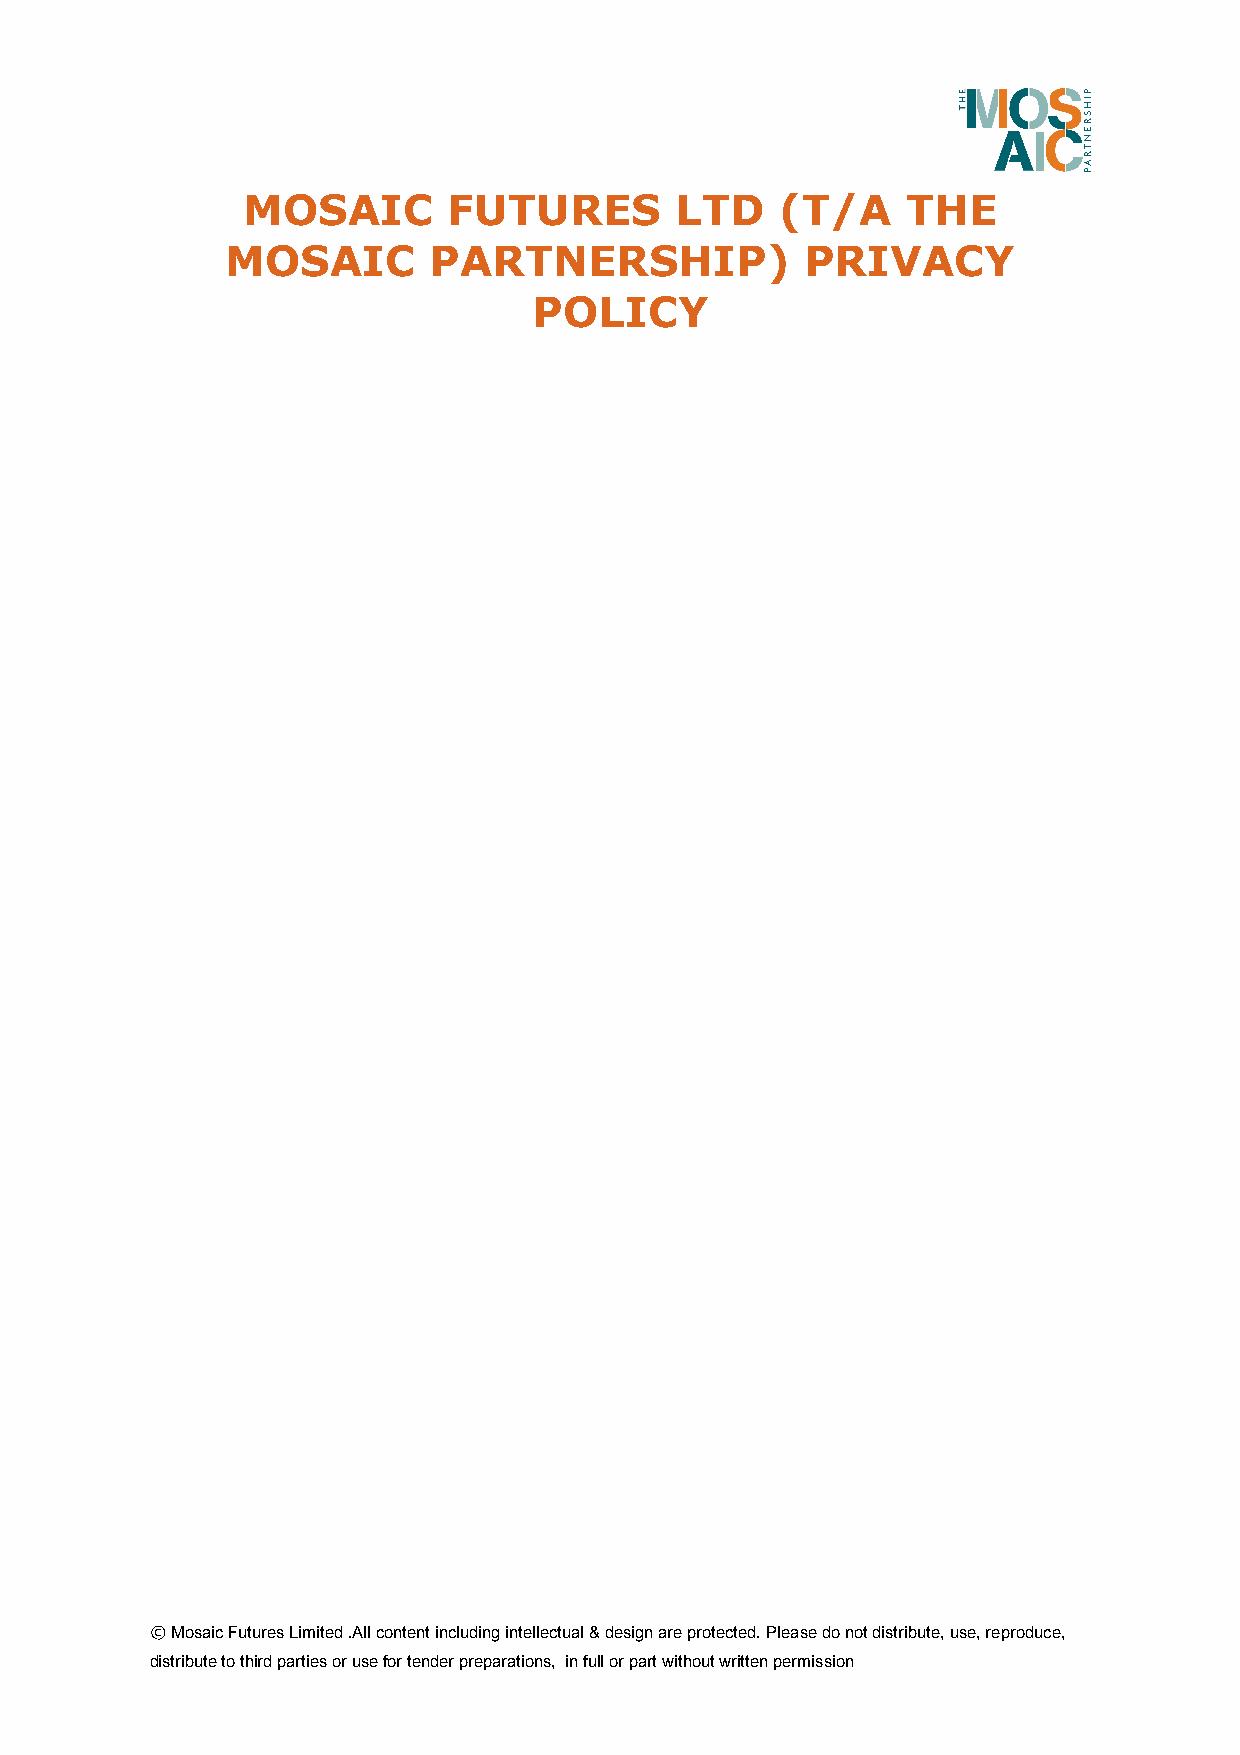
MOSAIC        FUTURES        LTD    (T/A    THE
 MOSAIC       PARTNERSHIP)             PRIVACY
 POLICY
 © Mosaic Futures Limited .All content including intellectual & design are protected. Please do not distribute, use, reproduce,
 distribute to third parties or use for tender preparations, in full or part without written permission